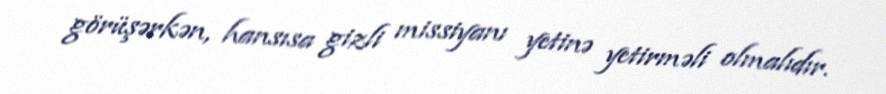
görüşərkən, hansısa gizli missiyanı yetinə yetirməli olmalıdır.